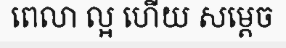
ពេលា ល្អ ហើយ សម្តេច